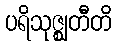
ပရိသုဇ္ဈတီတိ